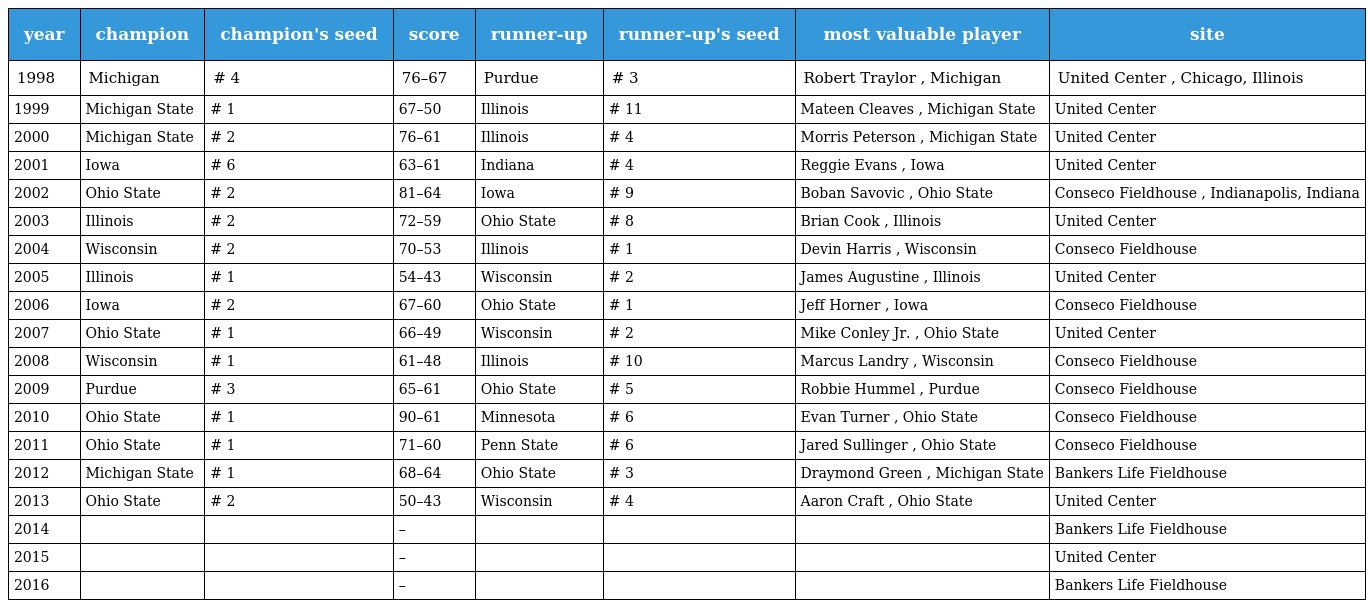
| year | champion | champion's seed | score | runner-up | runner-up's seed | most valuable player | site |
 | --- | --- | --- | --- | --- | --- | --- | --- |
 | 1998 | Michigan | # 4 | 76–67 | Purdue | # 3 | Robert Traylor , Michigan | United Center , Chicago, Illinois |
 | 1999 | Michigan State | # 1 | 67–50 | Illinois | # 11 | Mateen Cleaves , Michigan State | United Center |
 | 2000 | Michigan State | # 2 | 76–61 | Illinois | # 4 | Morris Peterson , Michigan State | United Center |
 | 2001 | Iowa | # 6 | 63–61 | Indiana | # 4 | Reggie Evans , Iowa | United Center |
 | 2002 | Ohio State | # 2 | 81–64 | Iowa | # 9 | Boban Savovic , Ohio State | Conseco Fieldhouse , Indianapolis, Indiana |
 | 2003 | Illinois | # 2 | 72–59 | Ohio State | # 8 | Brian Cook , Illinois | United Center |
 | 2004 | Wisconsin | # 2 | 70–53 | Illinois | # 1 | Devin Harris , Wisconsin | Conseco Fieldhouse |
 | 2005 | Illinois | # 1 | 54–43 | Wisconsin | # 2 | James Augustine , Illinois | United Center |
 | 2006 | Iowa | # 2 | 67–60 | Ohio State | # 1 | Jeff Horner , Iowa | Conseco Fieldhouse |
 | 2007 | Ohio State | # 1 | 66–49 | Wisconsin | # 2 | Mike Conley Jr. , Ohio State | United Center |
 | 2008 | Wisconsin | # 1 | 61–48 | Illinois | # 10 | Marcus Landry , Wisconsin | Conseco Fieldhouse |
 | 2009 | Purdue | # 3 | 65–61 | Ohio State | # 5 | Robbie Hummel , Purdue | Conseco Fieldhouse |
 | 2010 | Ohio State | # 1 | 90–61 | Minnesota | # 6 | Evan Turner , Ohio State | Conseco Fieldhouse |
 | 2011 | Ohio State | # 1 | 71–60 | Penn State | # 6 | Jared Sullinger , Ohio State | Conseco Fieldhouse |
 | 2012 | Michigan State | # 1 | 68–64 | Ohio State | # 3 | Draymond Green , Michigan State | Bankers Life Fieldhouse |
 | 2013 | Ohio State | # 2 | 50–43 | Wisconsin | # 4 | Aaron Craft , Ohio State | United Center |
 | 2014 |  |  | – |  |  |  | Bankers Life Fieldhouse |
 | 2015 |  |  | – |  |  |  | United Center |
 | 2016 |  |  | – |  |  |  | Bankers Life Fieldhouse |